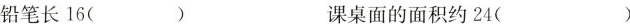
小华的体重是38( ) 小刚的卧室面积是10( )